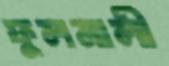
ফুলমালী